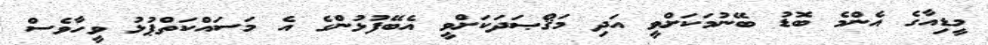
މީޑިއާގެ އެންމެ ބޮޑު ބޭނުމަކަށްވީ އަދި މަޤްޞަދަކަށްވީ އެބޭފުޅުންގެ އެ މަސައްކަތްޕުޅު ވީހާވެސް